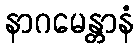
နာဂမေန္တာနံ